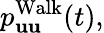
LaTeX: p_{\mathbf{u}\mathbf{u}}^{\operatorname{Walk}}(t),